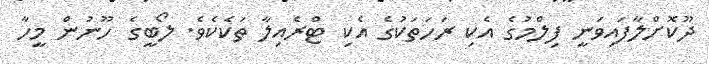
ދޫކޮށްލާފައިވަނީ ފިލްމުގެ އެކި ރަހަތަކުގެ އެކި ޓްރެއިލާ ތަކެކެވެ. ލޯބީގެ ހޫނުން މީހާ